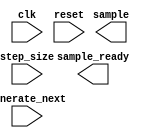
module sine_reader(
    input clk,
    input reset,
    input [19:0] step_size,
    input generate_next,

    output sample_ready,
    output wire [15:0] sample
);

    //implementation goes here!

endmodule